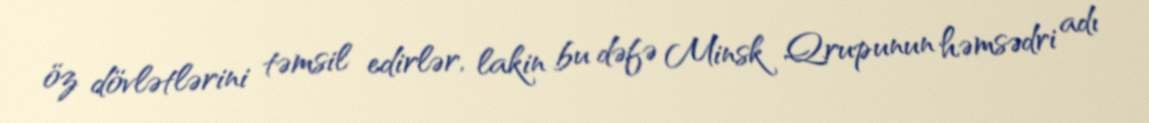
öz dövlətlərini təmsil edirlər, lakin bu dəfə Minsk Qrupunun həmsədri adı